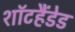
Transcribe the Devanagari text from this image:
शॉटहैंडेड